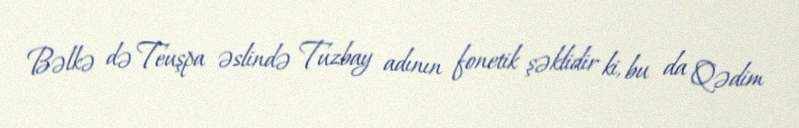
Bəlkə də Teuşpa əslində Tuzbay adının fonetik şəklidir ki, bu da Qədim